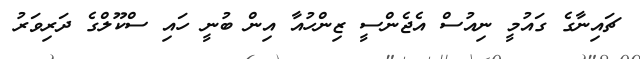
ޗައިނާގެ ގައުމީ ނިއުސް އެޖެންސީ ޒިންހުއާ އިން ބުނީ ހައި ސްކޫލްގެ ދަރިވަރު